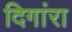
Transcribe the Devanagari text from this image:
दिगांरा